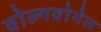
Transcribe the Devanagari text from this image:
वोल्गवोगेल